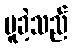
မူခဲ့သည်